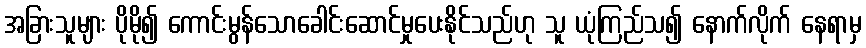
အခြားသူများ ပိုမို၍ ကောင်းမွန်သောခေါင်းဆောင်မှုပေးနိုင်သည်ဟု သူ ယုံကြည်သ၍ နောက်လိုက် နေရာမှ